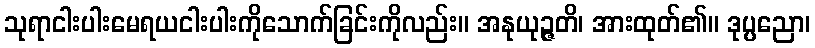
သုရာငါးပါးမေရယငါးပါးကိုသောက်ခြင်းကိုလည်း။ အနုယုဉ္ဇတိ၊ အားထုတ်၏။ ဒုပ္ပညော၊